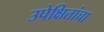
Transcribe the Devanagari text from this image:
उपेक्षितांचा